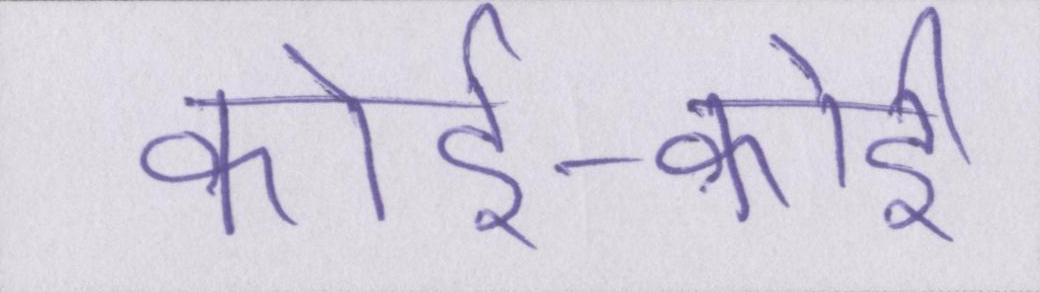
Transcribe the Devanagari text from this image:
कोई-कोई